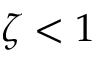
\zeta < 1